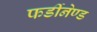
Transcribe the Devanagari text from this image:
फर्डीनेण्ड